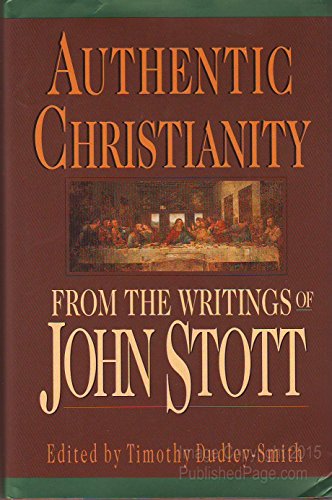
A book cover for Authentic Christianity; John R. W. Stott; Christian Books & Bibles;